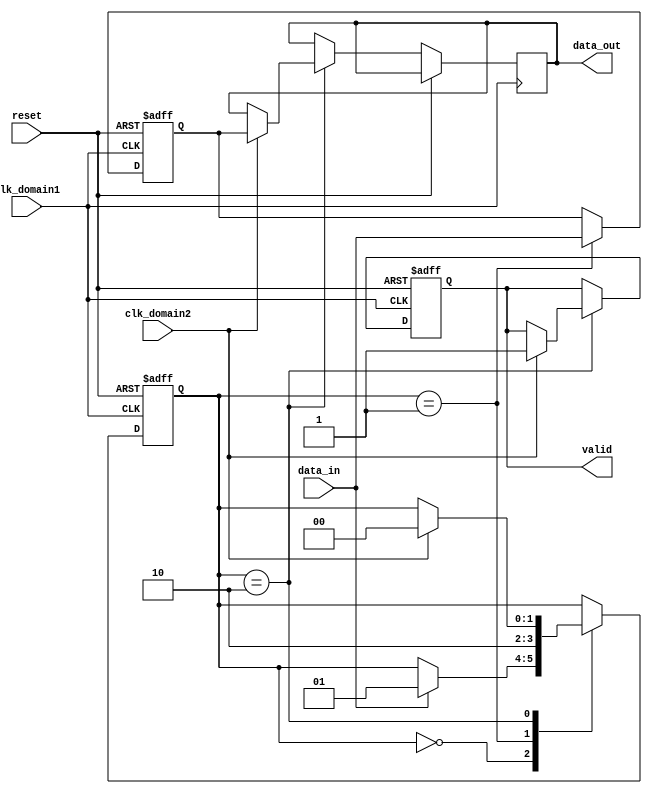
module asynchronous_fifo(
    input wire clk_domain1,
    input wire clk_domain2,
    input wire reset,
    input wire data_in,
    output reg data_out,
    output reg valid
);

reg [1:0] state;
reg sync_data;

always @(posedge clk_domain1 or posedge reset) begin
    if (reset) begin
        state <= 2'b00;
        sync_data <= 1'b0;
        valid <= 1'b0;
    end else begin
        case (state)
            2'b00: begin // Wait for data_in
                if (data_in) begin
                    state <= 2'b01;
                end
            end
            2'b01: begin // Sync data with clk_domain2
                sync_data <= data_in;
                state <= 2'b10;
            end
            2'b10: begin // Wait for clk_domain2 signal
                if (clk_domain2) begin
                    data_out <= sync_data;
                    valid <= 1'b1;
                    state <= 2'b00;
                end
            end
        endcase
    end
end

endmodule